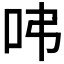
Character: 𠰀